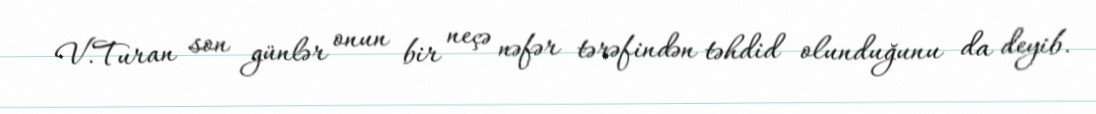
V.Turan son günlər onun bir neçə nəfər tərəfindən təhdid olunduğunu da deyib.